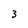
Character: 3